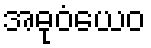
အဓုဝံယေဝ